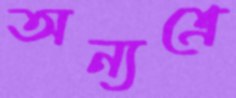
অন্যত্রে